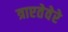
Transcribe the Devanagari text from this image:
त्राएतेवेरे